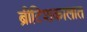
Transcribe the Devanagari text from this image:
ब्रीटिशकालात